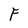
Character: F